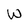
Character: W